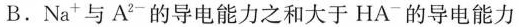
B.Na ^ { + }与A ^ { 2 - }的导电能力之和大于HA ^ { - }的导电能力